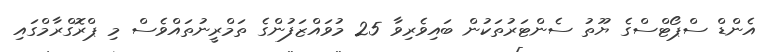
އެންޑް ސްޕޯޓްސްގެ ޔޫތު ސެންޓަރުތަކުން ބައިވެރިވާ 25 މުވައްޒަފުންގެ ތަމްރީނުތައްވެސް މި ޕްރޮގްރާމްގައި